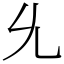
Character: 𠃔